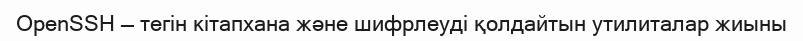
OpenSSH — тегін кітапхана және шифрлеуді қолдайтын утилиталар жиыны